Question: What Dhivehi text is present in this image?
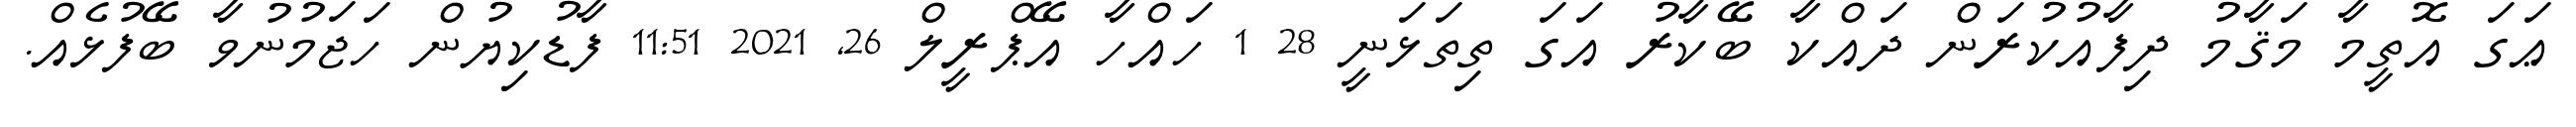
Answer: ޢަގަ އޮތީމާ މަޤާމު ދިފާއުކުރަން ދައްކާ ބޭކާރު އަގަ ތިތަޅަނީ 28 1 ހައްހާ އޭޕްރީލް 26, 2021 11:51 ފާޑުކިޔުން ހަޖަމުނުވާ ބޭފުޅެއް.